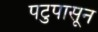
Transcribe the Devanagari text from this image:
पटुपासून